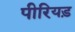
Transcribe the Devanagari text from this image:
पीरियड़